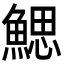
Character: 鰓